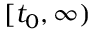
[ t _ { 0 } , \infty )